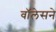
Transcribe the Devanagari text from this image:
वॉलेसने